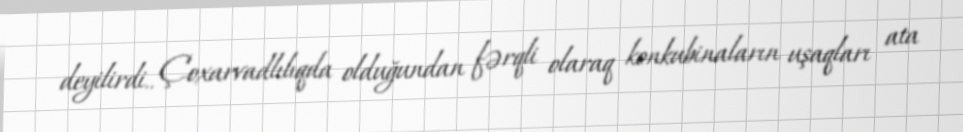
deyilirdi.. Çoxarvadlılıqda olduğundan fərqli olaraq konkubinaların uşaqları ata